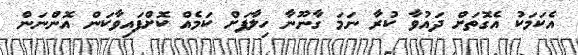
އެކަމަކު އެގޮތަށް ދައުވާ ކުރާ ނަމަ ގާނޫނާ ހިލާފަށް ކަމެއް ކޮށްފައިވާކަން އޮންނަން